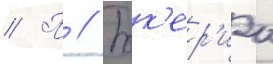
// П // Бок'ер'иа